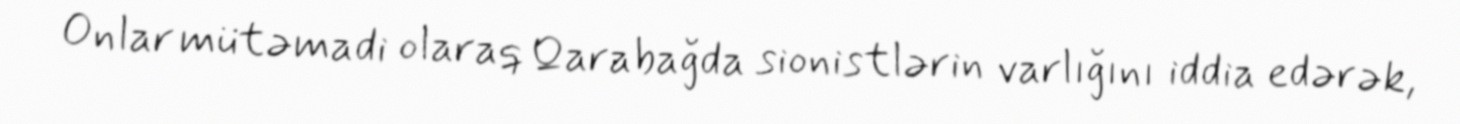
Onlar mütəmadi olaraq Qarabağda sionistlərin varlığını iddia edərək,